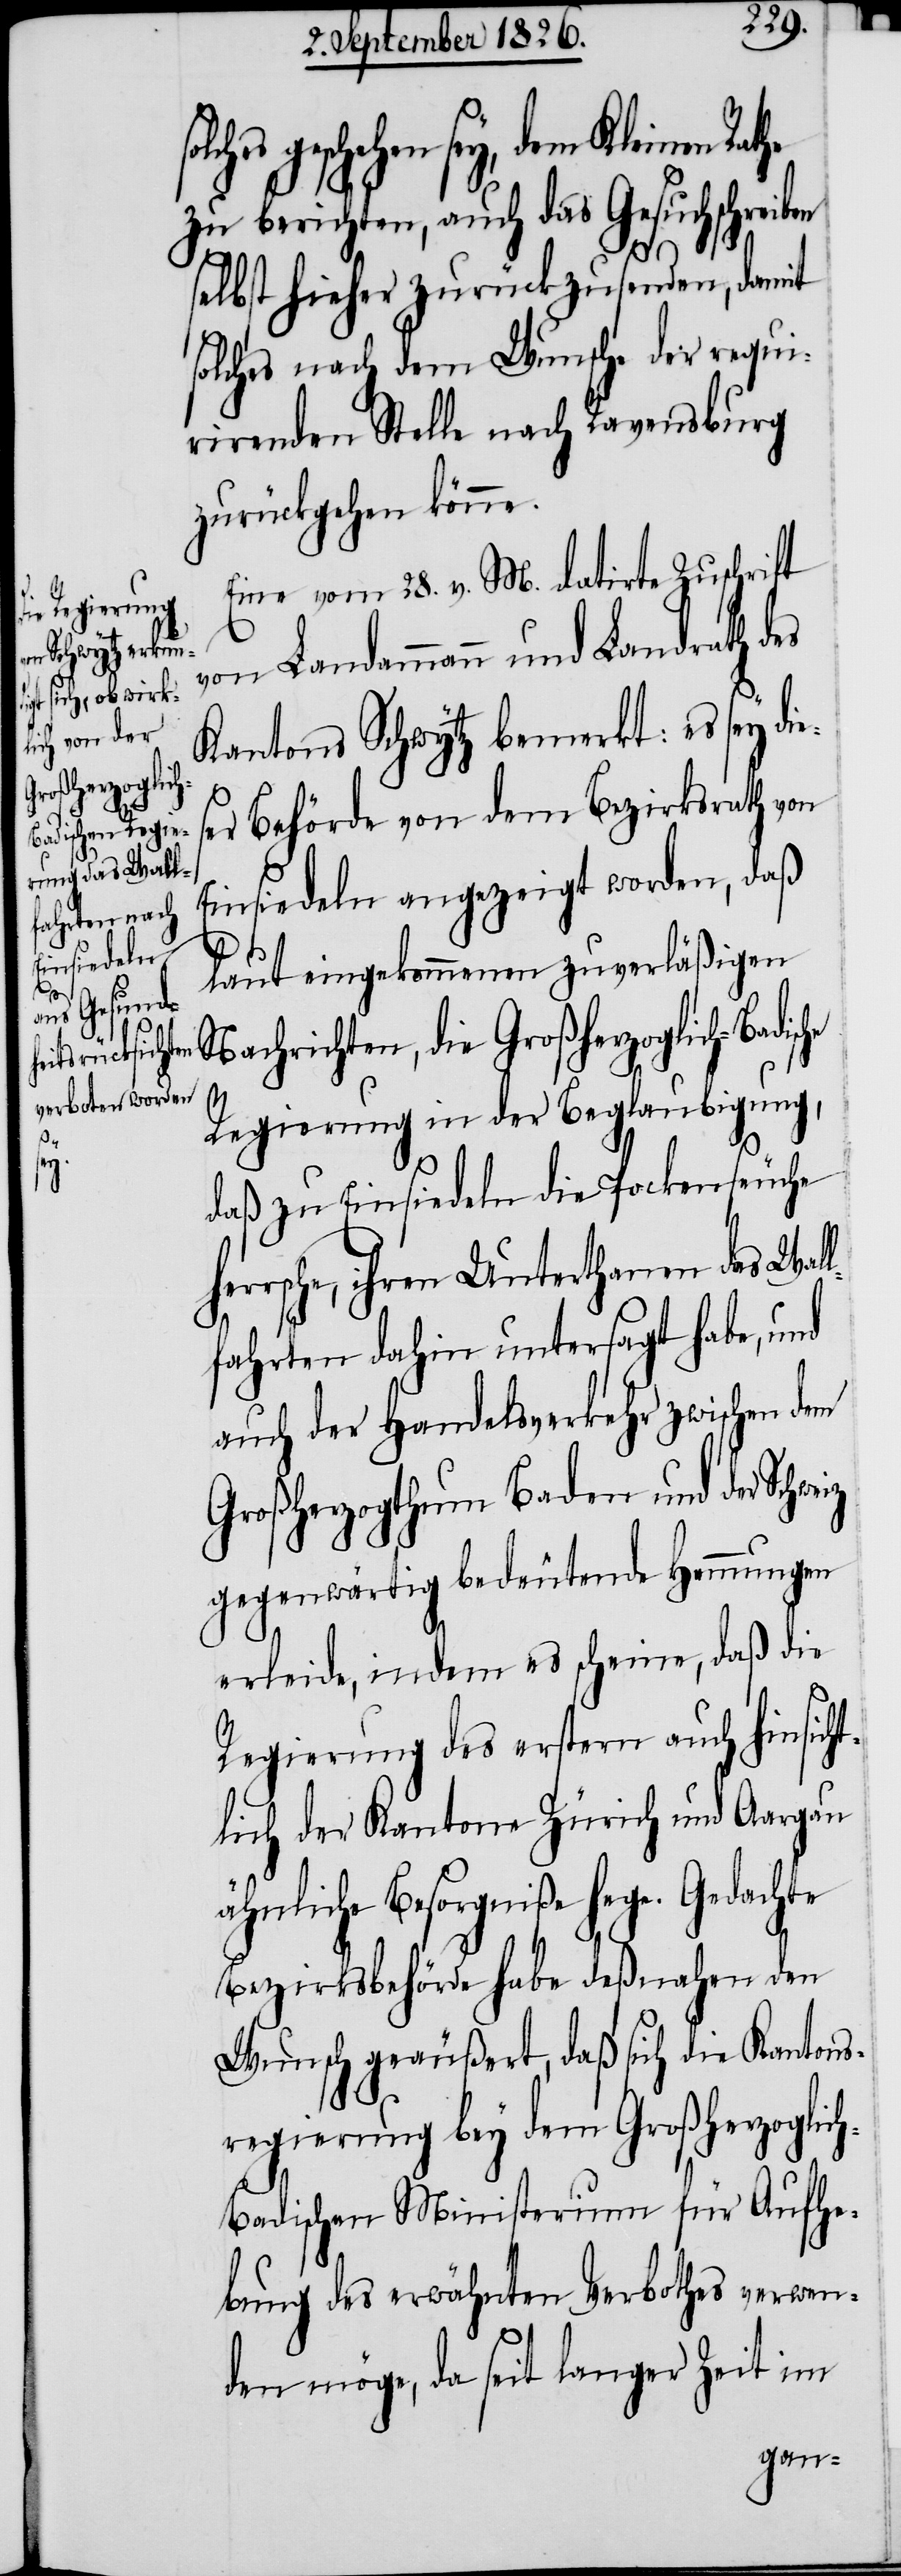
solches ge¬
her¬
Gedachte

schehen sey, dem Kleinen
zu berichten, auch das Gesuchschreiben
selbst hieher zurückzusenden, damit
solches nach dem Wunsche der requi¬
rirenden Stelle nach Ravensburg
zurückgehen könne.
Eine vom 28. v. M. datirte Zuschrift
von Landammann und Landrath des
Kantons Schwytz bemerkt: es sey di¬
er Behörde von dem Bezirksrath von
Einsiedeln angezeigt worden, daß
laut eingekommenen zuverläßigen
Nachrichten, die Großherzoglich-Badisc¬
he
Regierung in der Beglaubigung,
daß zu Einsiedeln die Pockenseuche
rsche, ihren Unterthanen das Wal¬
lfahrten dahin untersagt habe, und
auch der Handelsverkehr zwischen dem
Großherzogthum Baden und der Schweiz
gegenwärtig bedeutende Hemmungen
erleide, indem es scheine, daß die
Regierung des erstern auch hinsicht¬
lich der Kantone Zürich und Aargau
ähnliche Besorgniße hege.
Bezirksbehörde habe deßnahen den
Wunsch geäußert, daß sich die Kantons¬
regierung bey dem Großherzoglic¬
h-Badischen Ministerium für Aufhe¬
bung des erwähnten Verbothes verwen¬
den möge, da seit langer Zeit im